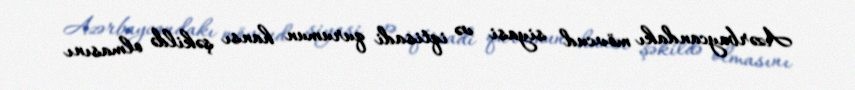
Azərbaycandakı mövcud siyasi və iqtisadi qurumun hansı şəkildə olmasını